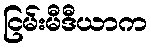
ငြမ်းမီဒီယာက